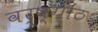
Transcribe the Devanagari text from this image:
वर्ष्गांठ